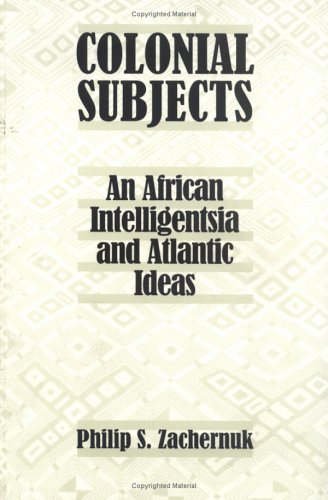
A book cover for Colonial Subjects: An African Intelligentsia and Atlantic Ideas; Philip S. Zachernuk; History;